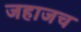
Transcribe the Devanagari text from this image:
जहाजच